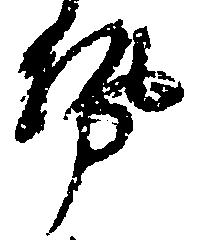
勢